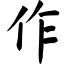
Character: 作